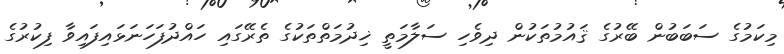
މިކަމުގެ ސަބަބުން ބޭރުގެ ޤައުމުތަކުން ދިވެހި ސަލާމަތީ ޚިދުމަތްތަކުގެ ތެރޭގައި ހައްދުފަހަނަޅައިފައިވާ ފިކުރުގެ